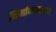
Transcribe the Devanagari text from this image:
निर्माणकरण्या